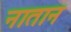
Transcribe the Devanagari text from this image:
नातान